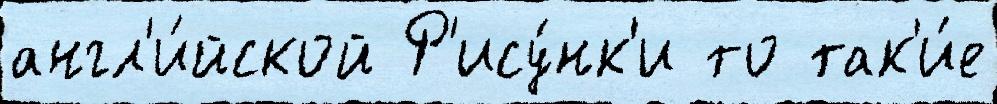
англ'и́йской Р'ису́нк'и то так'и́е